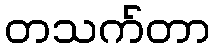
တသက်တာ